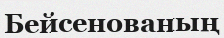
Бейсенованың